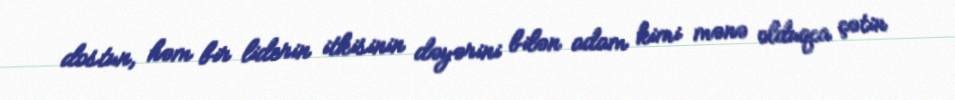
dostun, həm bir liderin itkisinin dəyərini bilən adam kimi mənə olduqca çətin